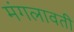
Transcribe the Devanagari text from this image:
मंगलावती